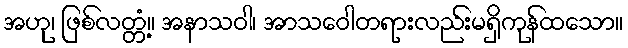
အဟု၊ ဖြစ်လတ္တံ့။ အနာသဝါ၊ အာသဝေါတရားလည်းမရှိကုန်ထသော။